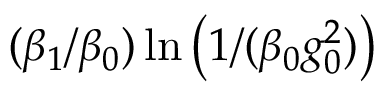
( \beta _ { 1 } / \beta _ { 0 } ) \ln \left( 1 / ( \beta _ { 0 } g _ { 0 } ^ { 2 } ) \right)